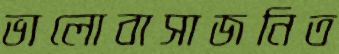
ভালোবাসাজনিত